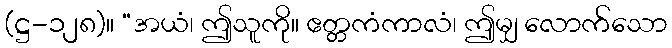
(ဋ္ဌ-၁၂၈)။ “အယံ၊ ဤသူကို။ ဧတ္တကံကာလံ၊ ဤမျှ လောက်သော